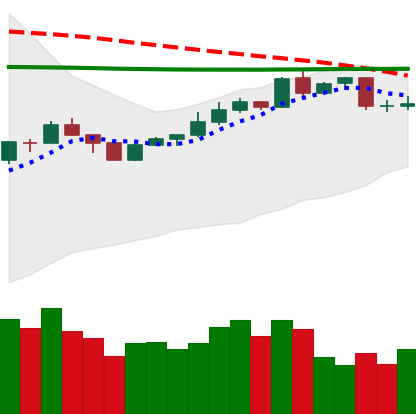
Ticker: XMR-USD
Chart end date: 2020-04-12
Forward return: 4.762%
Label: up_3_5